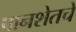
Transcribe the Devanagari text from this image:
पानशेतचे